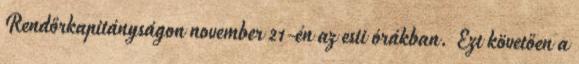
Rendőrkapitányságon november 21-én az esti órákban. Ezt követően a